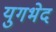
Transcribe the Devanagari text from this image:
युगभेद